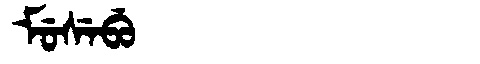
Manchu: ᠮᡠᠰᡝᠪᡠ
Romanization: MUSEBU